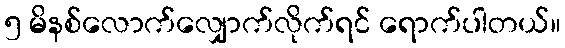
၅ မိနစ်လောက်လျှောက်လိုက်ရင် ရောက်ပါတယ်။